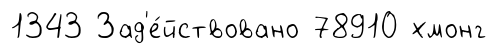
1343 Зад'е́йствовано 78910 хмонг